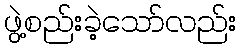
ဖွဲ့စည်းခဲ့သော်လည်း